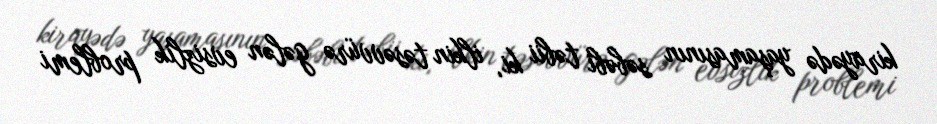
kirayədə yaşamasının səbəbi təbii ki, ilkin təsəvvürə gələn evsizlik problemi